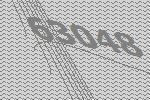
63048